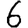
Digit: 6